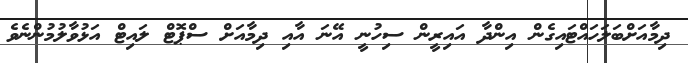
ދިމާއަށްބަލަހައްޓައިގެން އިންދާ އައިރީން ސިހުނީ އޭނަ އާއި ދިމާއަށް ސްޕޮޓް ލައިޓް އަޅުވާލުމުންނެވެ